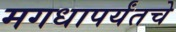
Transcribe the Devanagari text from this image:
मगधापर्यंतचे